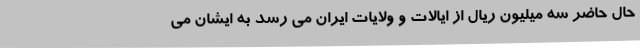
حال حاضر سه میلیون ریال از ایالات و ولایات ایران می رسد به ایشان می